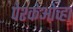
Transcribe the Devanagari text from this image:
पेश्केओव्हा